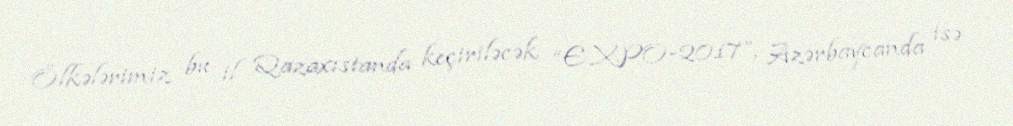
Ölkələrimiz bu il Qazaxıstanda keçiriləcək “EXPO-2017”, Azərbaycanda isə